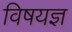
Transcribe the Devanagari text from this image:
विषयज्ञ